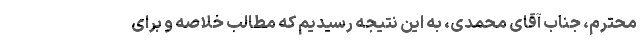
محترم، جناب آقای محمدی، به این نتیجه رسیدیم که مطالب خلاصه و برای